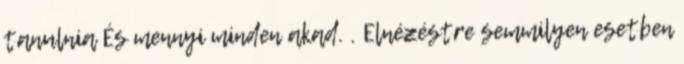
tanulnia És mennyi minden akad. . Elnézéstre semmilyen esetben